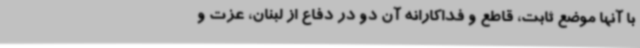
با آنها موضع ثابت، قاطع و فداکارانه آن دو در دفاع از لبنان، عزت و